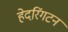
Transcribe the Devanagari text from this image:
हेदरिंगटन